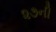
૨૭ની